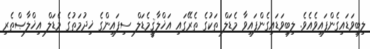
ލިބިވަޑައިގެންފައިވެއެވެ. ލިބިވަޑައިގެންފައިވާ މެޑަލް ތަކުގެ ތެރޭގައި އަޚްލާޤީމެޑަލް ސިފައިންގެ ޚިދުމަތުގެ މެޑަލް އިޚްލާޞްތެރި